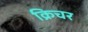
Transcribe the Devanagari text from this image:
क्रिचर